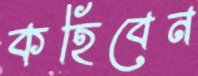
কহিবেন